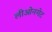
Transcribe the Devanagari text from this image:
लीओनगेट